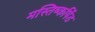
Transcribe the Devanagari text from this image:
मस्तिष्कपिंड